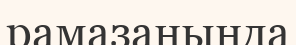
рамазанында